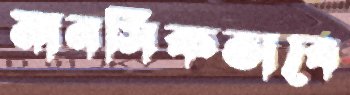
মানসিকভাবে